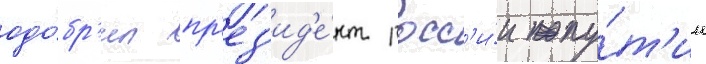
одо́бр'ил пр'ез'ид'е́нт росс'и́и пу́т'ин